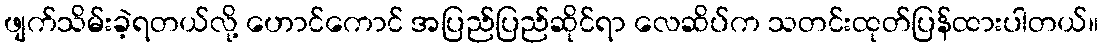
ဖျက်သိမ်းခဲ့ရတယ်လို့ ဟောင်ကောင် အပြည်ပြည်ဆိုင်ရာ လေဆိပ်က သတင်းထုတ်ပြန်ထားပါတယ်။